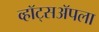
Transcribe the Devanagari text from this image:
व्हॉट्सॲपला